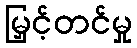
မြှင့်တင်မှု